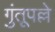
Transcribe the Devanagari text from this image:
गुंतूपल्ले